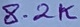
Text: 8.2K